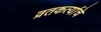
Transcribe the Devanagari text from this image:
व्रतकर्त्याचे